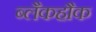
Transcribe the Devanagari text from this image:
ब्लैकहौक